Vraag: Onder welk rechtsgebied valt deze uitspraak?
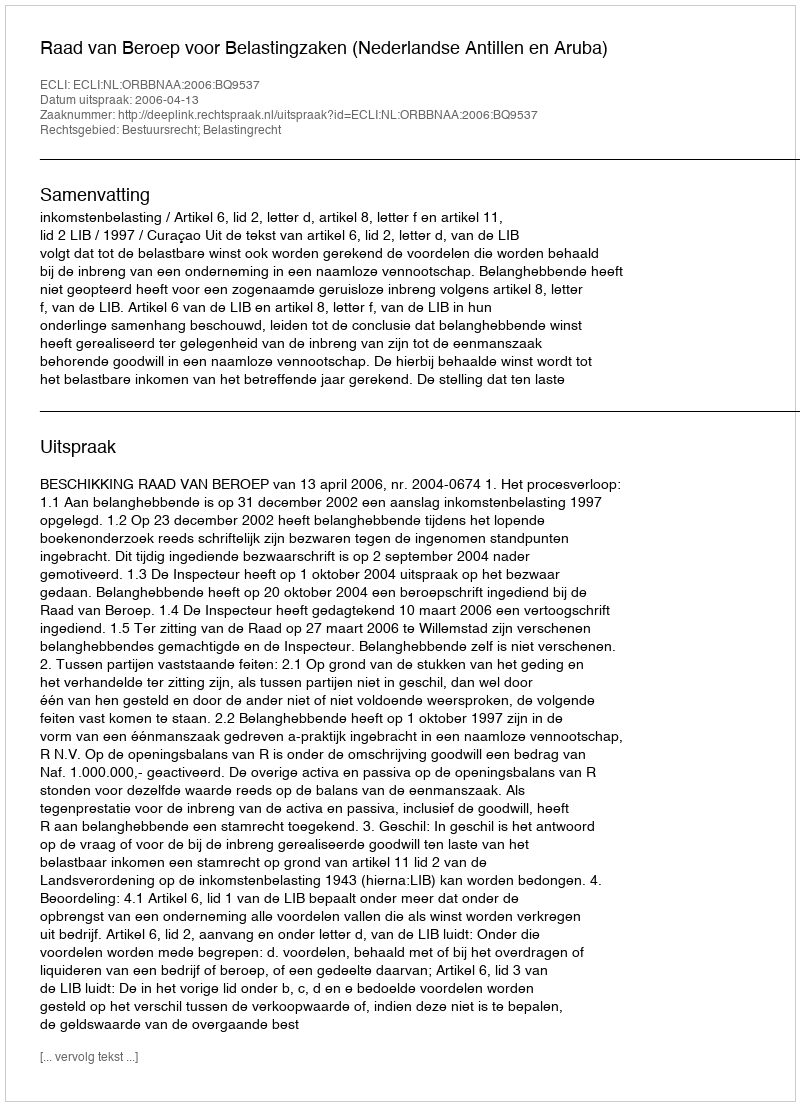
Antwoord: Bestuursrecht; Belastingrecht